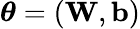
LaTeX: \boldsymbol{\theta}=\left(\mathbf W,\mathbf b\right)